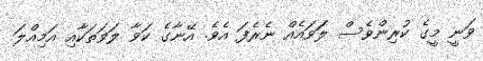
ވަނީ މީގެ ކުރިންވެސް ލަަވައެއް ނެރެފަ އެވެ. އޭނާގެ ކަވާ ލަވަތަކާއި އަމިއްލަ